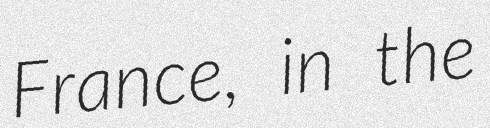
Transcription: France, in the